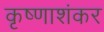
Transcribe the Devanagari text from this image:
कृष्णाशंकर